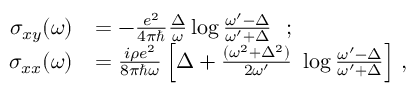
\begin{array} { r l } { \sigma _ { x y } ( \omega ) } & { = - \frac { e ^ { 2 } } { 4 \pi \hbar } \frac { \Delta } { \omega } \log \frac { \omega ^ { \prime } - \Delta } { \omega ^ { \prime } + \Delta } \ \ ; } \\ { \sigma _ { x x } ( \omega ) } & { = \frac { i \rho e ^ { 2 } } { 8 \pi \hbar \omega } \left[ \Delta + \frac { ( \omega ^ { 2 } + \Delta ^ { 2 } ) } { 2 \omega ^ { \prime } } \ \log \frac { \omega ^ { \prime } - \Delta } { \omega ^ { \prime } + \Delta } \right] \, , } \end{array}